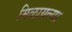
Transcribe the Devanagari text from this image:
मिळायल्या